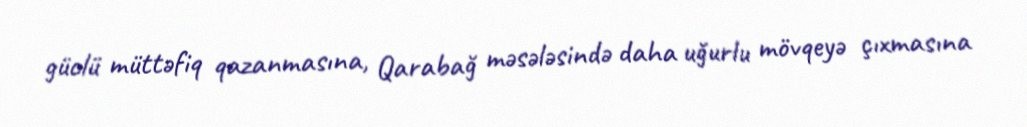
güclü müttəfiq qazanmasına, Qarabağ məsələsində daha uğurlu mövqeyə çıxmasına